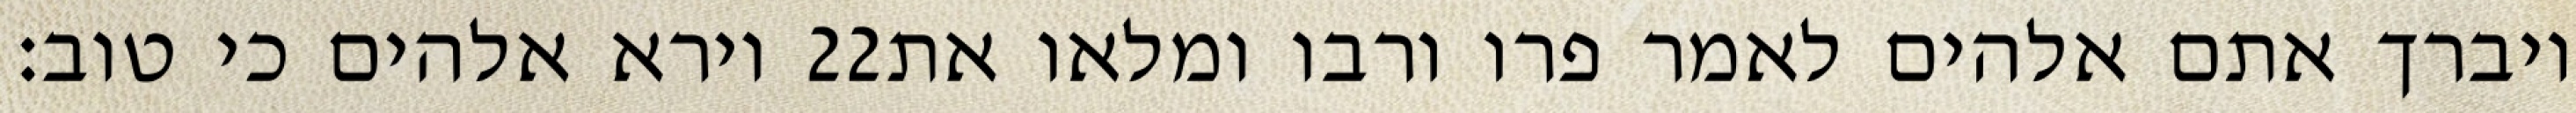
וירא אלהים כי טוב׃ ‎22‏ ויברך אתם אלהים לאמר פרו ורבו ומלאו את